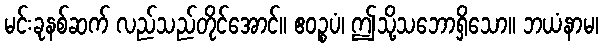
မင်းခုနစ်ဆက် လည်သည်တိုင်အောင်။ ဧဝဉ္စပံ၊ ဤသို့သဘောရှိသော။ ဘယံနာမ၊